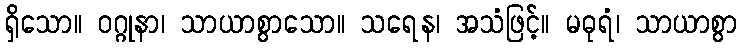
ရှိသော။ ဝဂ္ဂုနာ၊ သာယာစွာသော။ သရေန၊ အသံဖြင့်။ မဓုရံ၊ သာယာစွာ